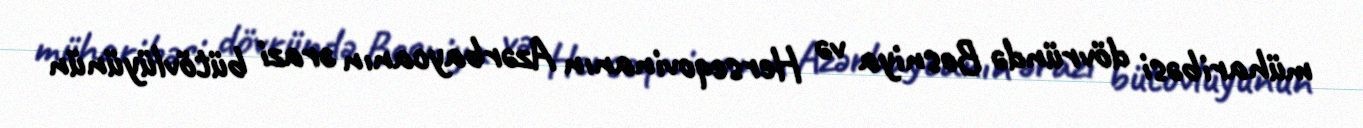
müharibəsi dövründə Bosniya və Herseqovinanın Azərbaycanın ərazi bütövlüyünün